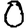
Digit: 0